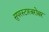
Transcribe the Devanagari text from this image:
सुपरस्टारबरोबर